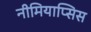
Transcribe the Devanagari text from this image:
नीमियाप्सिस